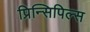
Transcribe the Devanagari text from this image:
प्रिन्सिपिल्स